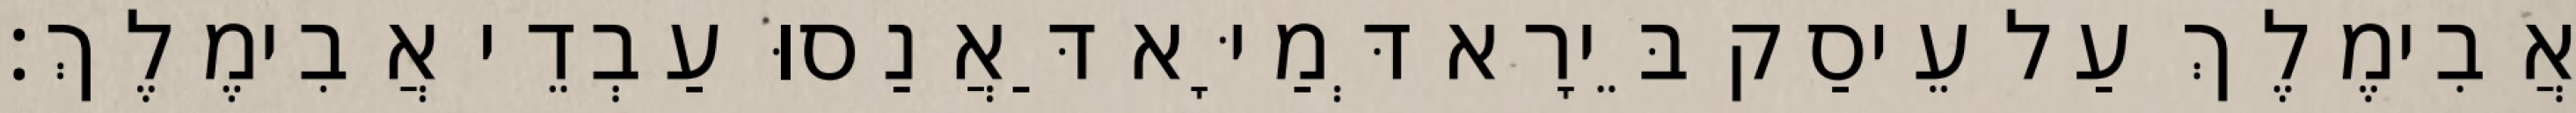
אֲבִימֶלֶךְ עַל עֵיסַק בֵּירָא דְּמַיָּא דַּאֲנַסוּ עַבְדֵי אֲבִימֶלֶךְ׃